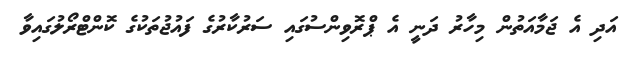
އަދި އެ ޖަމާއަތުން މިހާރު ދަނީ އެ ޕްރޮވިންސުގައި ސަރުކާރުގެ ފައުޖުތަކުގެ ކޮންޓްރޯލުގައިވާ